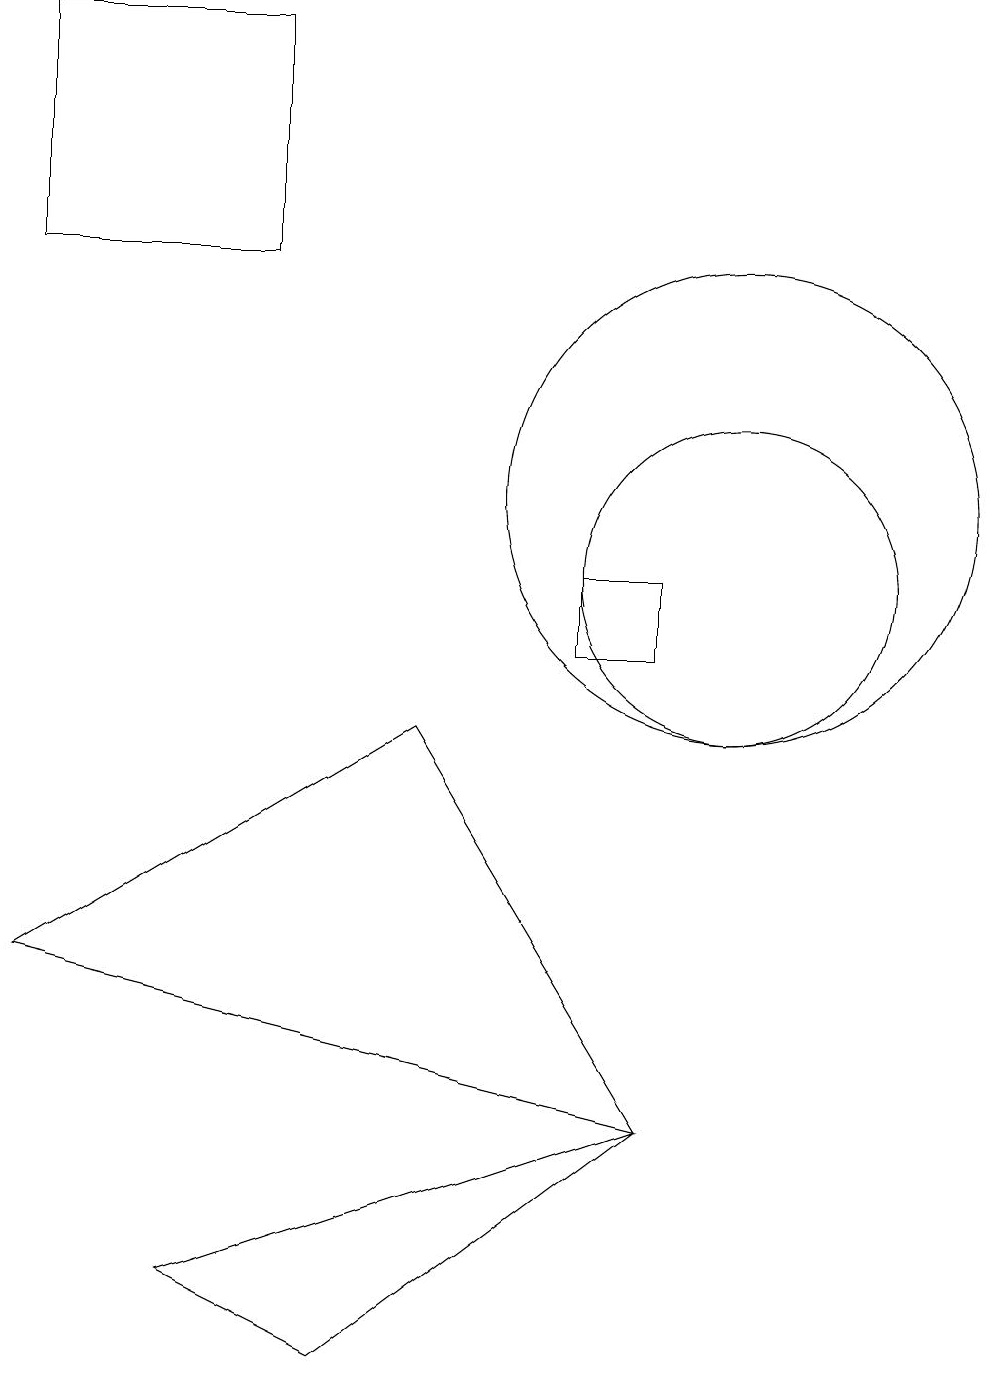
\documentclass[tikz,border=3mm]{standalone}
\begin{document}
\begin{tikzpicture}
\draw (9,4) -- (6,9) -- (1,6) -- cycle;
\draw (8,11) rectangle (9,10);
\draw (10,11) circle (2);
\draw (10,12) circle (3);
\draw (1,18) rectangle (4,15);
\draw (5,1) -- (3,2) -- (9,4) -- cycle;
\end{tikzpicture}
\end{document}